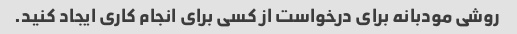
روشی مودبانه برای درخواست از کسی برای انجام کاری ایجاد کنید.